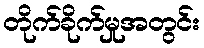
တိုက်ခိုက်မှုအတွင်း